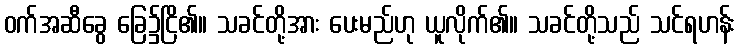
ဝက်အဆီခွေ ခြေ၌ငြိ၏။ သခင်တို့အား ပေးမည်ဟု ယူလိုက်၏။ သခင်တို့သည် သင်ရဟန်း